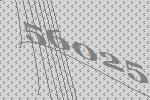
56025